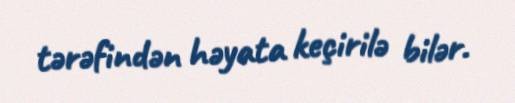
tərəfindən həyata keçirilə bilər.